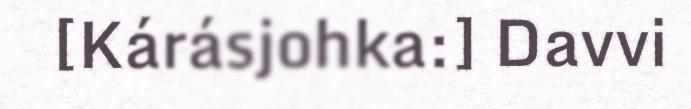
[Kárásjohka:] Davvi